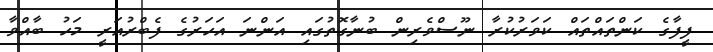
ފީފާގެ ކަންތައްތައް ކަވަރުކުރާ ނޫސްވެރިން ބުނާގޮތުގައި އަންނަ އަހަރުގެ ފެބްރުއަރީ މަހު ބާއްވާ